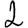
Digit: 2